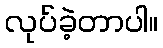
လုပ်ခဲ့တာပါ။